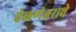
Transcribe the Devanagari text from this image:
वेळणेश्वराचे